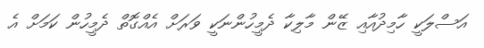
އަސްލަކީ ހާމިދުއާއި ޒޭން މާލިކާ ދެމީހުންނަކީ ވަރަށް އެއްގޮތް ދެމީހުން ކަމަށް އެ